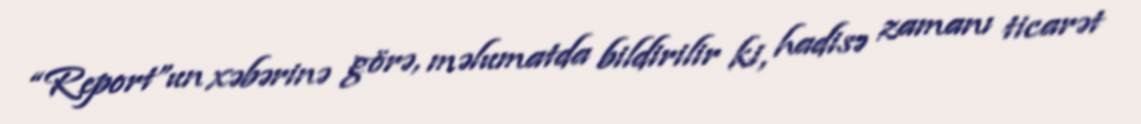
“Report”un xəbərinə görə, məlumatda bildirilir ki, hadisə zamanı ticarət